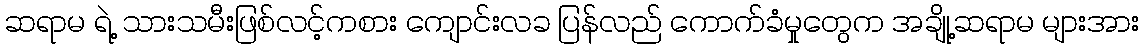
ဆရာမ ရဲ့ သားသမီးဖြစ်လင့်ကစား ကျောင်းလခ ပြန်လည် ကောက်ခံမှုတွေက အချို့ဆရာမ များအား